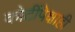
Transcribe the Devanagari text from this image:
कोटींपेक्षाही